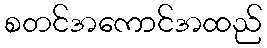
စတင်အကောင်အထည်